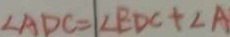
\angle A D C = \angle E D C + \angle A